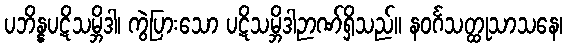
ပဘိန္နပဋိသမ္ဘိဒါ၊ ကွဲပြားသော ပဋိသမ္ဘိဒါဉာဏ်ရှိသည်။ နဝင်္ဂသတ္ထုသာသနေ၊